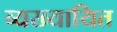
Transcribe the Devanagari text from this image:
व्यख्यायित